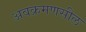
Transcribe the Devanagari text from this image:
अवक्रमणसील